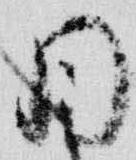
同